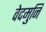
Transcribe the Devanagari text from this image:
वेदमुनि